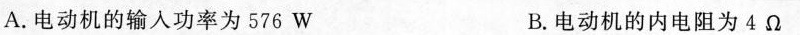
A.电动机的输入功率为576W B.电动机的内电阻为4Ω